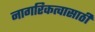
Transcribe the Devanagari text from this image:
नागरिकत्वासाठी